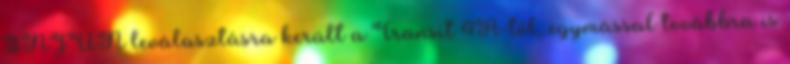
INJUN leválasztásra került a Transit 4A-tól, egymással továbbra is